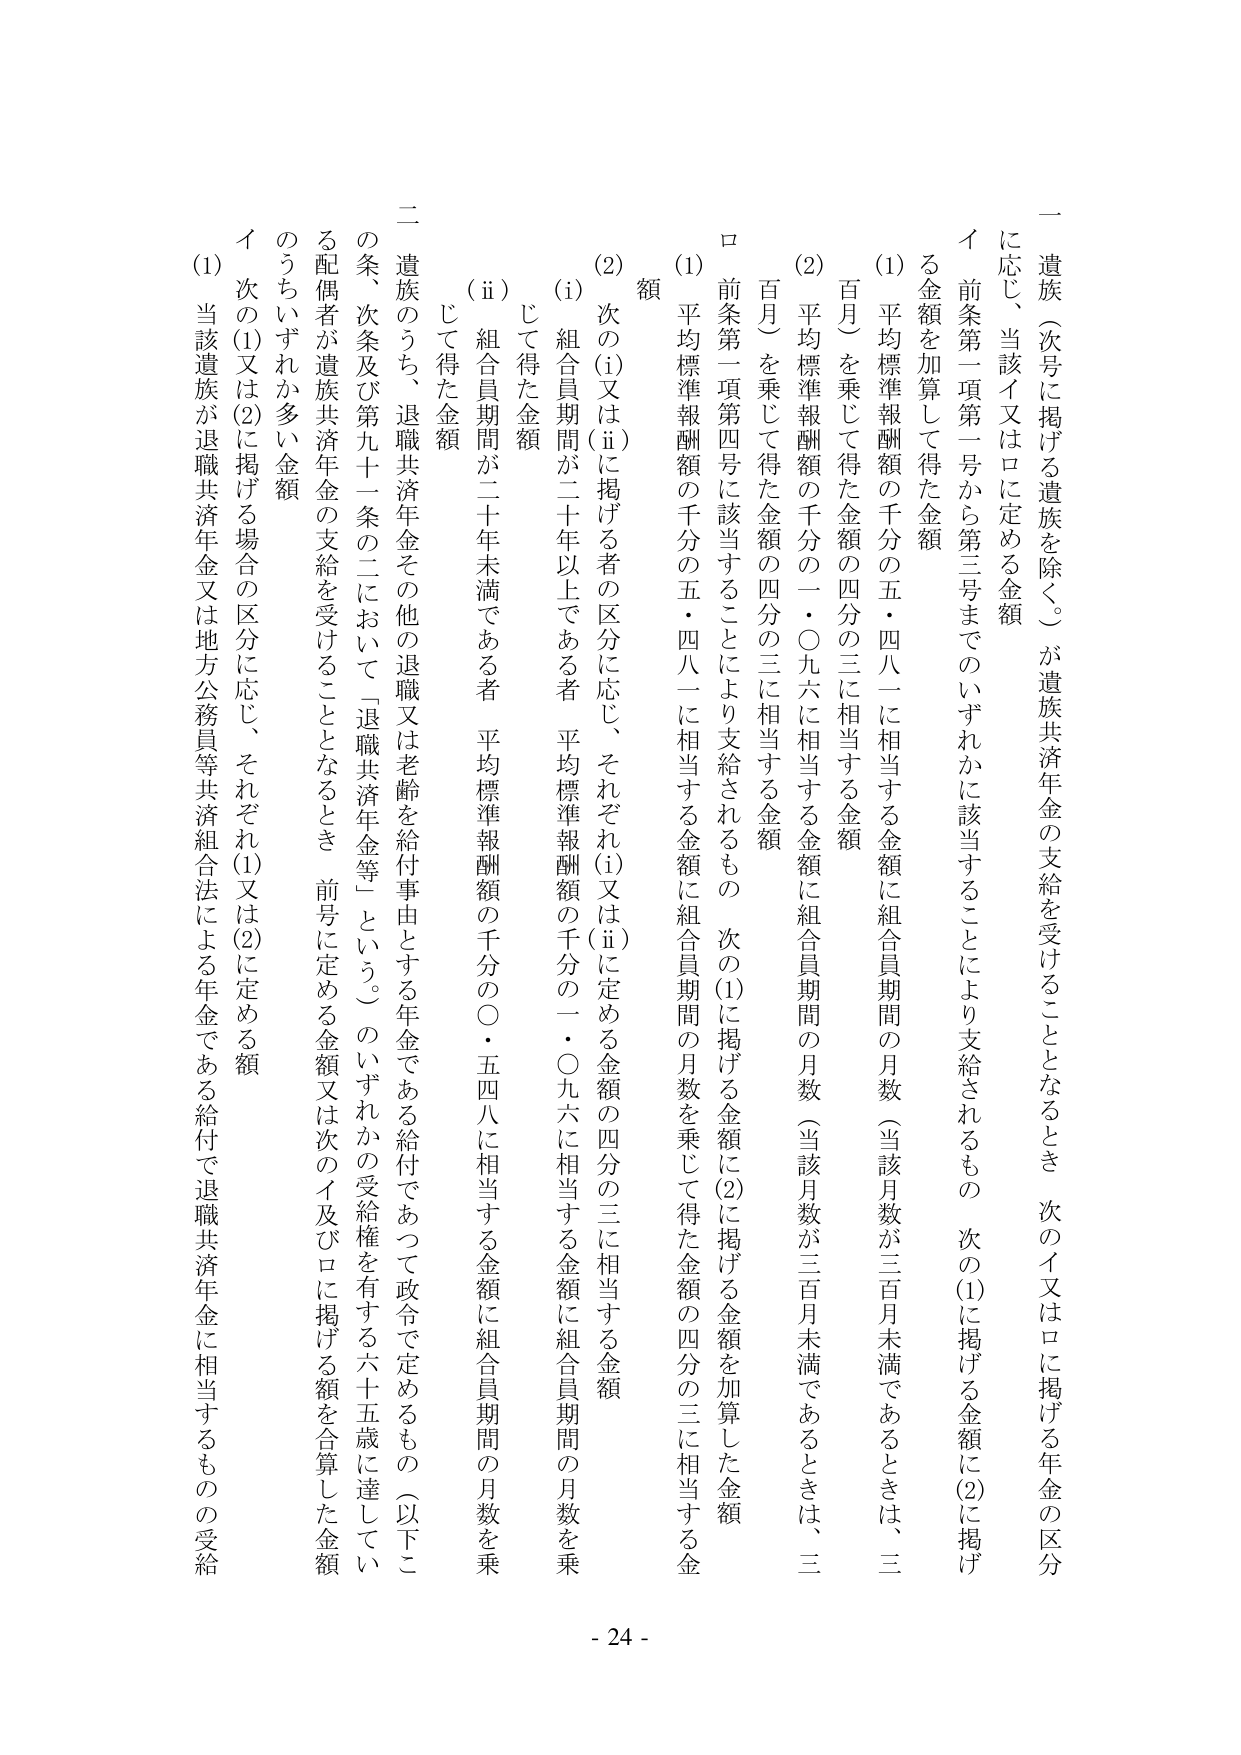
一 遺族（次号に掲げる遺族を除く。）が遺族共済年金の支給を受けることとなるとき 次のイ又はロに掲げる年金の区分に応じ、当該イ又はロに定める金額

イ 前条第一項第一号から第三号までのいずれかに該当することにより支給されるもの 次の(1)に掲げる金額に(2)に掲げる金額を加算して得た金額

(1) 平均標準報酬額の千分の五・四八一に相当する金額に組合員期間の月数（当該月数が三百月未満であるときは、三百月）を乗じて得た金額の四分の三に相当する金額

(2) 平均標準報酬額の千分の一・〇九六に相当する金額に組合員期間の月数（当該月数が三百月未満であるときは、三百月）を乗じて得た金額の四分の三に相当する金額

ロ 前条第一項第四号に該当することにより支給されるもの 次の(1)に掲げる金額に(2)に掲げる金額を加算した金額

(1) 平均標準報酬額の千分の五・四八一に相当する金額に組合員期間の月数を乗じて得た金額の四分の三に相当する金額

(2) 次の(i)又は(ii)に掲げる者の区分に応じ、それぞれ(i)又は(ii)に定める金額の四分の三に相当する金額

(i) 組合員期間が二十年以上である者 平均標準報酬額の千分の一・〇九六に相当する金額に組合員期間の月数を乗じて得た金額

(ii) 組合員期間が二十年未満である者 平均標準報酬額の千分の〇・五四八に相当する金額に組合員期間の月数を乗じて得た金額

二 遺族のうち、退職共済年金その他の退職又は老齢を給付事由とする年金である給付であって政令で定めるもの（以下この条、次条及び第九十一条の二において「退職共済年金等」という。）のいずれかの受給権を有する六十五歳に達している配偶者が遺族共済年金の支給を受けることとなるとき 前号に定める金額又は次のイ及びロに掲げる額を合算した金額のうちいずれか多い金額

イ 次の(1)又は(2)に掲げる場合の区分に応じ、それぞれ(1)又は(2)に定める額

(1) 当該遺族が退職共済年金又は地方公務員等共済組合法による年金である給付で退職共済年金に相当するものの受給

- 24 -